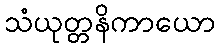
သံယုတ္တနိကာယော